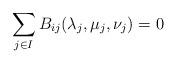
LaTeX: \begin{align*} \sum_{j \in I}B_{ij} (\lambda_j, \mu_j, \nu_j) =0\end{align*}